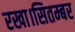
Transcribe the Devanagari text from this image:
रखा।सितम्बर